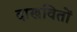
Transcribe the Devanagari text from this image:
दाखवितों